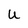
Character: U